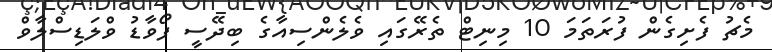
މެޗު ފެށިގެން ފުރަތަމަ 10 މިނިޓް ތެރޭގައި ވެލެންސިއާގެ ބިދޭސީ ފޯވާޑު ވްލަޑިސްލާވް